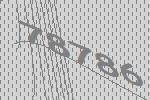
78786